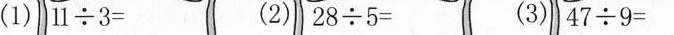
(1)|11÷3= (2)28÷5= (3)47÷9=